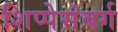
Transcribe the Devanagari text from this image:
शिप्पेसंबर्ग